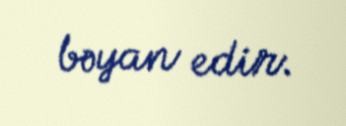
bəyan edir.